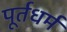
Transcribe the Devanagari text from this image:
पूर्तधर्म